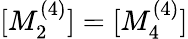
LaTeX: [M_{2}^{(4)}]=[M_{4}^{(4)}]